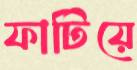
ফাটিয়ে